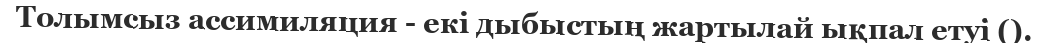
Толымсыз ассимиляция - екі дыбыстың жартылай ықпал етуі ().